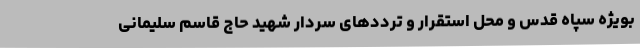
بویژه سپاه قدس و محل استقرار و ترددهای سردار شهید حاج قاسم سلیمانی